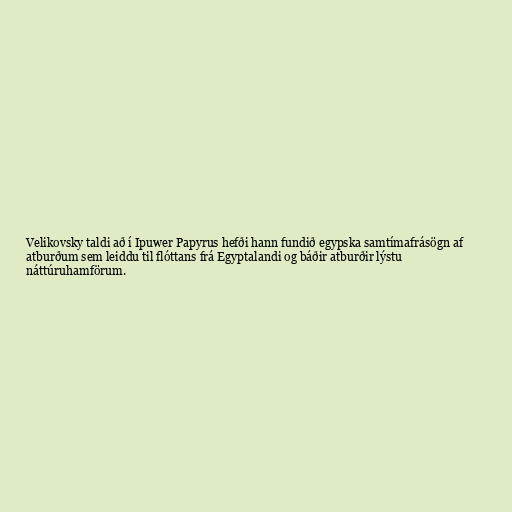
Velikovsky taldi að í Ipuwer Papyrus hefði hann fundið egypska samtímafrásögn af
atburðum sem leiddu til flóttans frá Egyptalandi og báðir atburðir lýstu
náttúruhamförum.